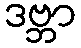
ဒဗ္ဘာ